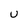
Character: U